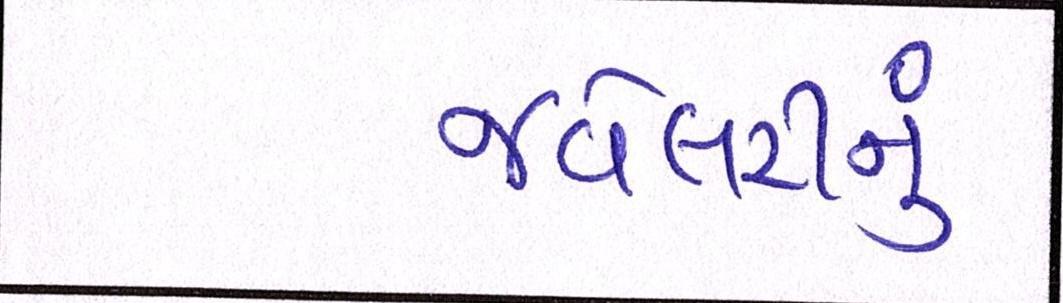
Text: જવેલરીનું